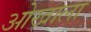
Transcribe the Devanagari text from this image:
ओखाला